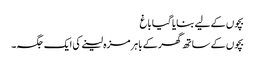
بچوں کے لیے بنایا گیا باغ
بچوں کے ساتھ گھر کے باہر مزہ لینے کی ایک جگہ۔